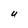
Character: U